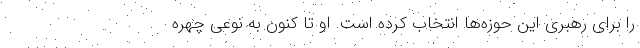
را برای رهبری این حوزه‌ها انتخاب کرده است. او تا کنون به نوعی چهره